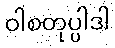
ဝါစတုပ္ပါဒါ